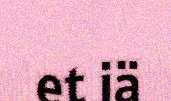
et iä